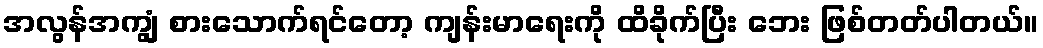
အလွန်အကျွံ စားသောက်ရင်တော့ ကျန်းမာရေးကို ထိခိုက်ပြီး ဘေး ဖြစ်တတ်ပါတယ်။